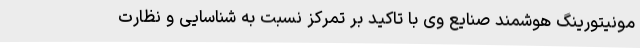
مونیتورینگ هوشمند صنایع وی با تاکید بر تمرکز نسبت به شناسایی و نظارت